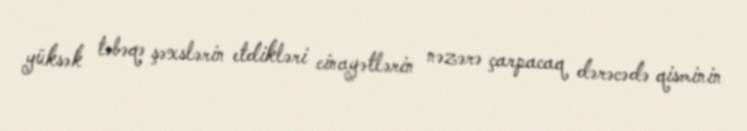
yüksək təbəqə şəxslərin etdikləri cinayətlərin nəzərə çarpacaq dərəcədə qisminin